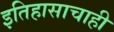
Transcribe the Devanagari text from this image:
इतिहासाचाही